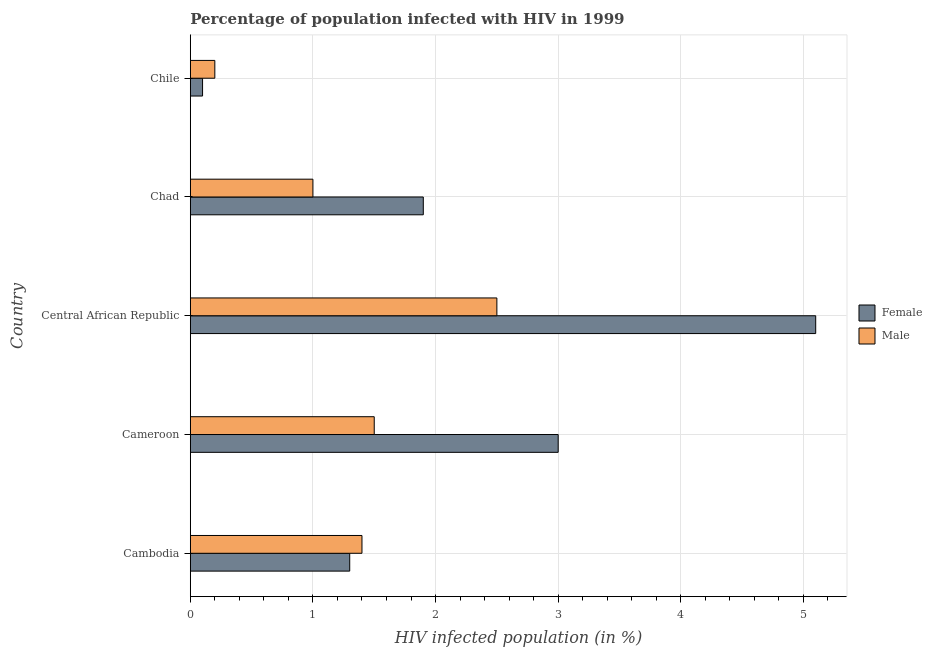
| Country | Female | Male |
 | --- | --- | --- |
 | Cambodia | 1.3 | 1.4 |
 | Cameroon | 3 | 1.5 |
 | Central African Republic | 5.1 | 2.5 |
 | Chad | 1.9 | 1 |
 | Chile | 0.1 | 0.2 |